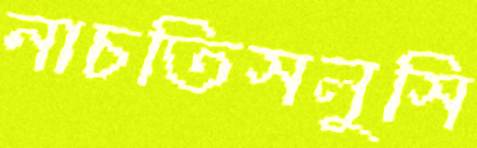
নাচতিসলুসি